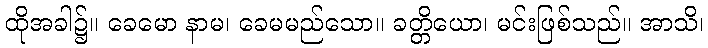
ထိုအခါ၌။ ခေမော နာမ၊ ခေမမည်သော။ ခတ္တိယော၊ မင်းဖြစ်သည်။ အာသိ၊